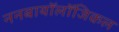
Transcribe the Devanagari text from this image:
ननबायाॅलाॅजिकल